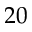
2 0